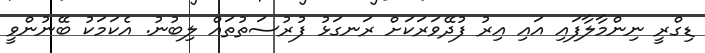
ޑިގްރީ ނިންމާލާފައި އައި އިރު ފުދޭވަރަކަށް ރަނގަޅު ފުރުސަތުތައް ލިބުނު. އެކަމަކު ބޭނުންވީ